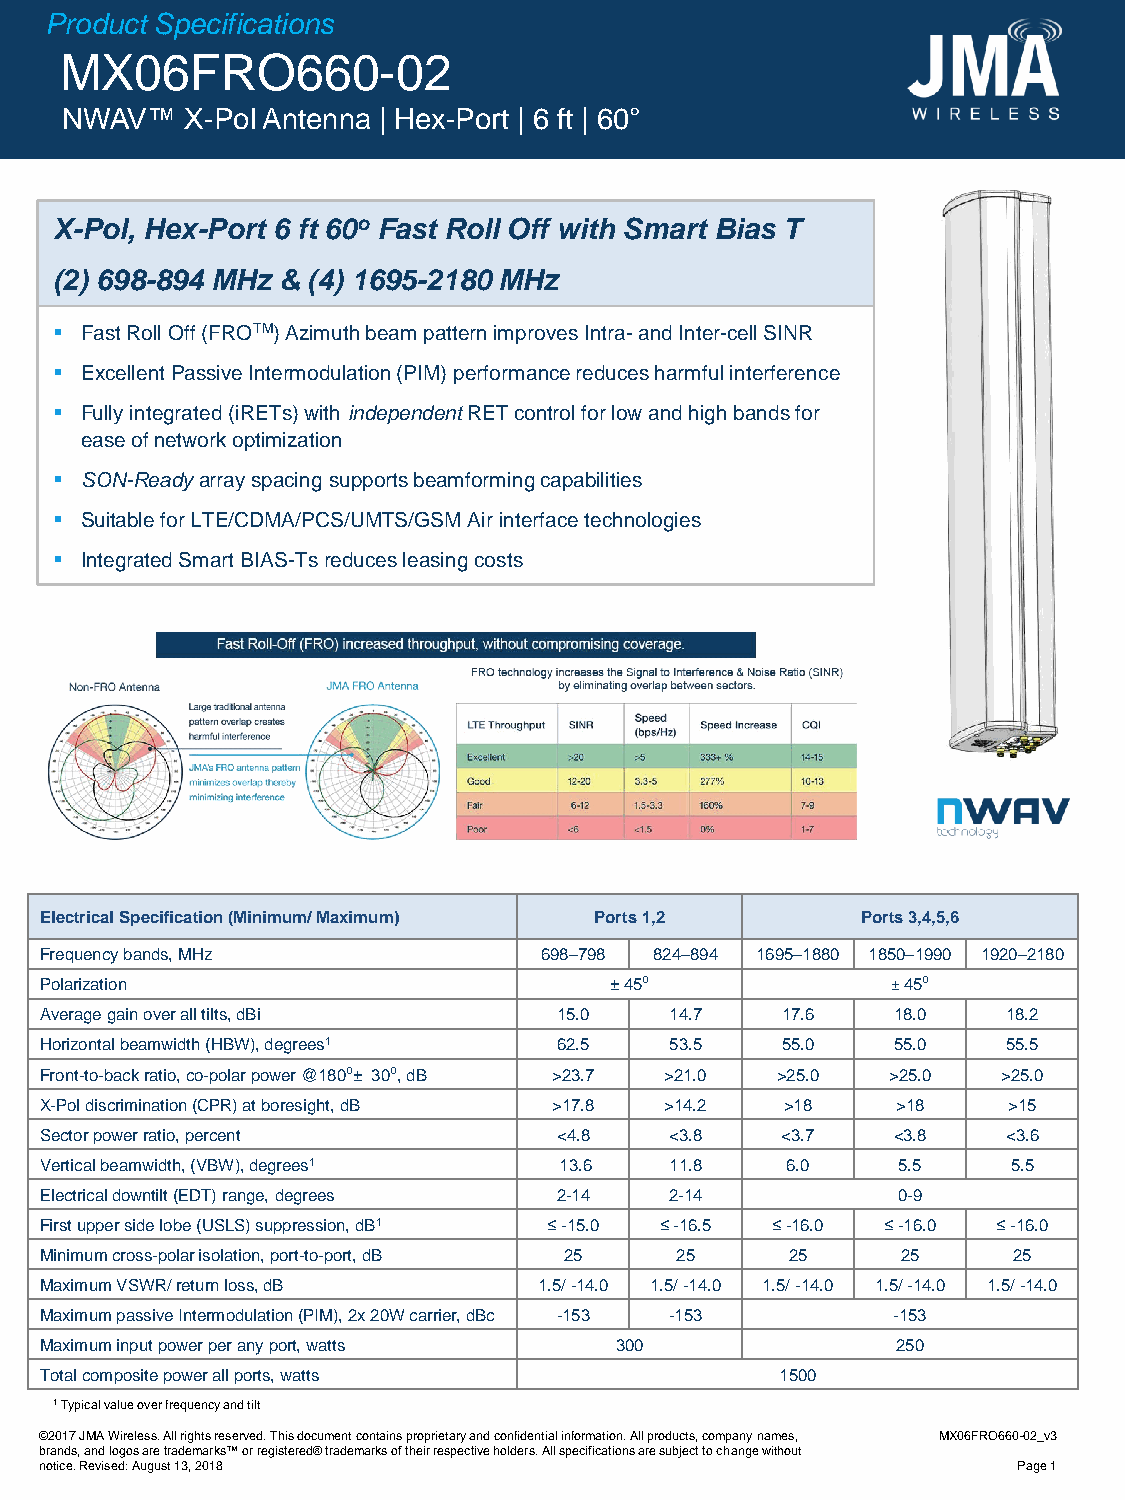
Product Specifications
 MX06FRO660-02
 NWAV™   X-Pol Antenna | Hex-Port | 6 ft | 60°
 X-Pol, Hex-Port 6 ft 60o Fast Roll Off with Smart Bias T
 (2) 698-894 MHz & (4) 1695-2180 MHz
 ▪ Fast Roll Off (FROTM) Azimuth beam pattern improves Intra-and Inter-cell SINR
 ▪ ExcellentPassive Intermodulation (PIM) performance reduces harmful interference
 ▪ Fully integrated (iRETs) with independentRET control for low and high bands for
 easeof network optimization
 ▪ SON-Readyarray spacing supports beamforming capabilities
 ▪ Suitable for LTE/CDMA/PCS/UMTS/GSM Air interface technologies
 ▪ Integrated Smart BIAS-Tsreduces leasing costs
 Electrical Specification(Minimum/ Maximum) Ports 1,2  Ports 3,4,5,6
 Frequency bands, MHz             698–798 824–894 1695–1880 1850–1990 1920–2180
 Polarization                         ±45⁰               ±45⁰
 Averagegain over all tilts, dBi   15.0   14.7    17.6   18.0    18.2
 Horizontal beamwidth(HBW), degrees1 62.5 53.5    55.0   55.0    55.5
 Front-to-back ratio, co-polar power @180⁰± 30⁰, dB >23.7 >21.0 >25.0 >25.0 >25.0
 X-Pol discrimination (CPR) at boresight, dB >17.8 >14.2 >18 >18 >15
 Sector power ratio, percent       <4.8   <3.8    <3.7   <3.8    <3.6
 Vertical beamwidth, (VBW),degrees1 13.6  11.8    6.0    5.5     5.5
 Electrical downtilt (EDT) range, degrees 2-14 2-14      0-9
 First upper side lobe (USLS) suppression, dB1 ≤ -15.0 ≤ -16.5 ≤-16.0 ≤-16.0 ≤-16.0
 Minimum cross-polar isolation, port-to-port,dB 25 25 25  25     25
 Maximum VSWR/ return loss, dB    1.5/ -14.0 1.5/ -14.0 1.5/ -14.0 1.5/ -14.0 1.5/ -14.0
 Maximum passive Intermodulation (PIM), 2x 20W carrier, dBc -153 -153 -153
 Maximum input power per any port, watts 300             250
 Total composite power all ports, watts           1500
 1Typical value over frequency and tilt
 ©2017JMA Wireless. All rights reserved. This document contains proprietary and confidential information. All products, company names, MX06FRO660-02_v3
 brands, and logos are trademarks™ or registered® trademarks of their respective holders. All specifications are subject to change without
 notice. Revised: August 13, 2018                                Page 1